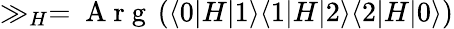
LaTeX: \gg_{H}=\mathrm{~A~r~g~}\left(\langle 0\lvert H\lvert 1\rangle\langle 1\lvert H\lvert 2\rangle\langle 2\lvert H\lvert 0\rangle\right)